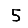
Digit: 5